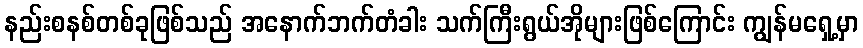
နည်းစနစ်တစ်ခုဖြစ်သည် အနောက်ဘက်တံခါး သက်ကြီးရွယ်အိုများဖြစ်ကြောင်း ကျွန်မရှေ့မှာ